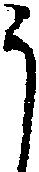
う